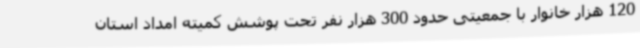
120 هزار خانوار با جمعیتی حدود 300 هزار نفر تحت پوشش کمیته امداد استان